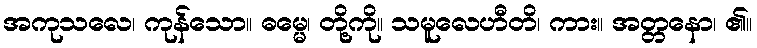
အကုသလေ၊ ကုန်သော။ ဓမ္မေ၊ တို့ကို။ သမူလေဟီတိ၊ ကား။ အတ္တနော၊ ၏။